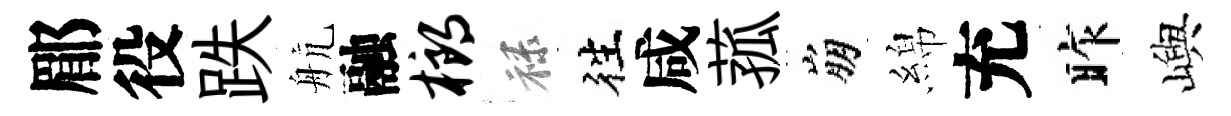
郿役跌航融榔禄徃咸菰崩綿充昨嶼